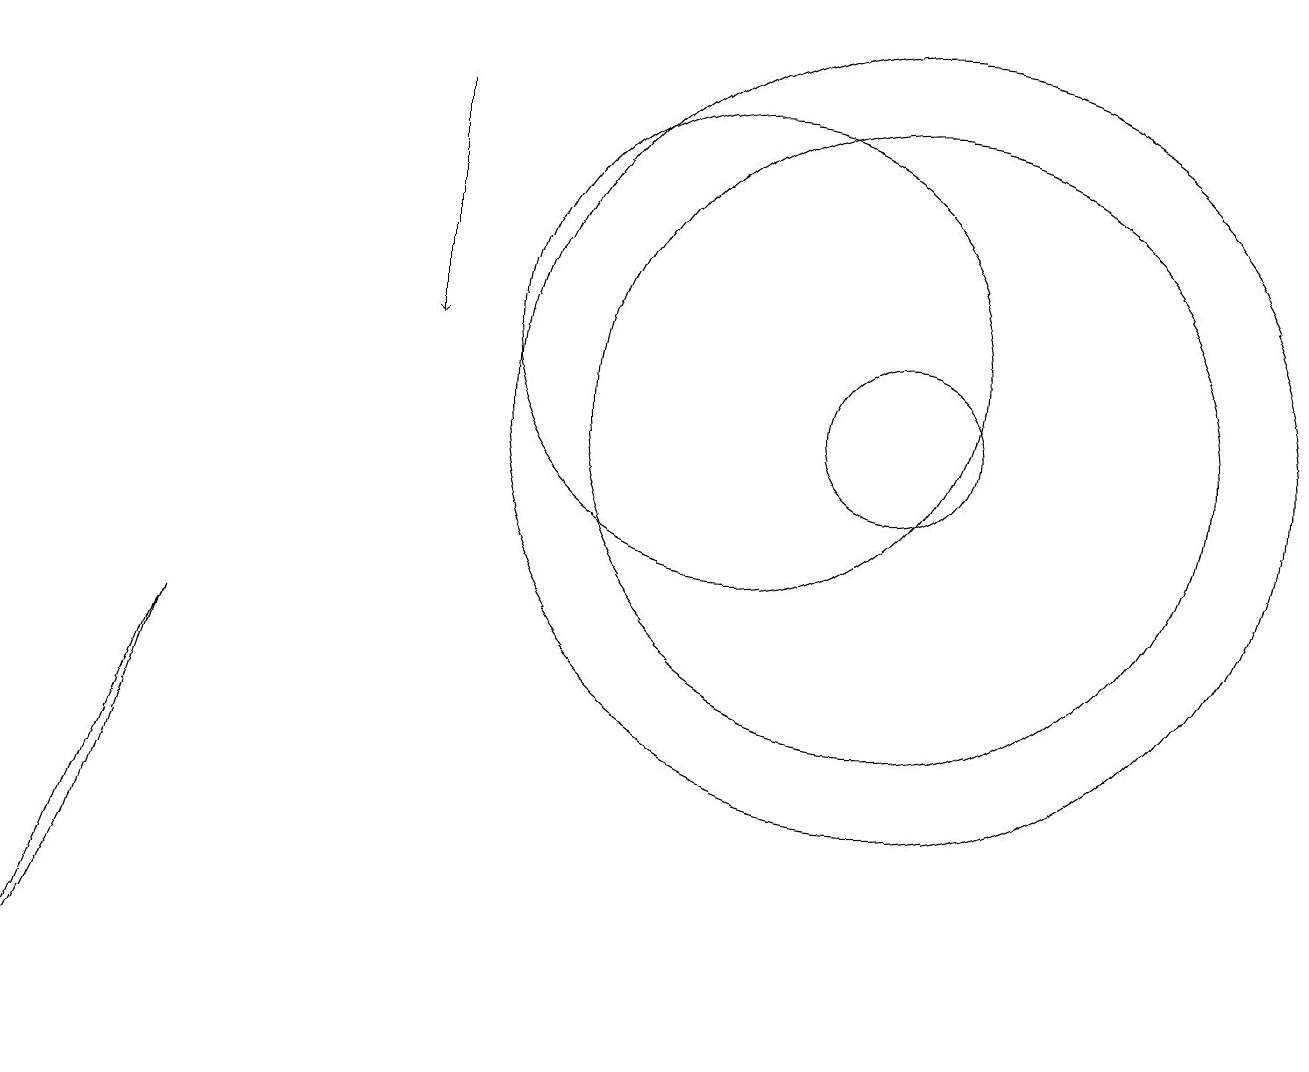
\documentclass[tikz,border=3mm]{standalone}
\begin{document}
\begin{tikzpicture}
\draw (12,10) circle (1);
\draw (12,10) circle (5);
\draw (12,10) circle (4);
\draw (2,4) -- (3,7) -- (1,2) -- cycle;
\draw[->] (6,14) -- (6,11);
\draw (10,11) circle (3);
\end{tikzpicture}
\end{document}